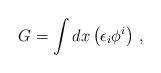
LaTeX: \begin{align*}G=\int dx \left(\epsilon _i\phi ^i\right)\, , \end{align*}